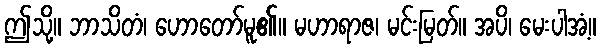
ဤသို့။ ဘာသိတံ၊ ဟောတော်မူ၏။ မဟာရာဇ၊ မင်းမြတ်။ အပိ၊ မေးပါအံ့။